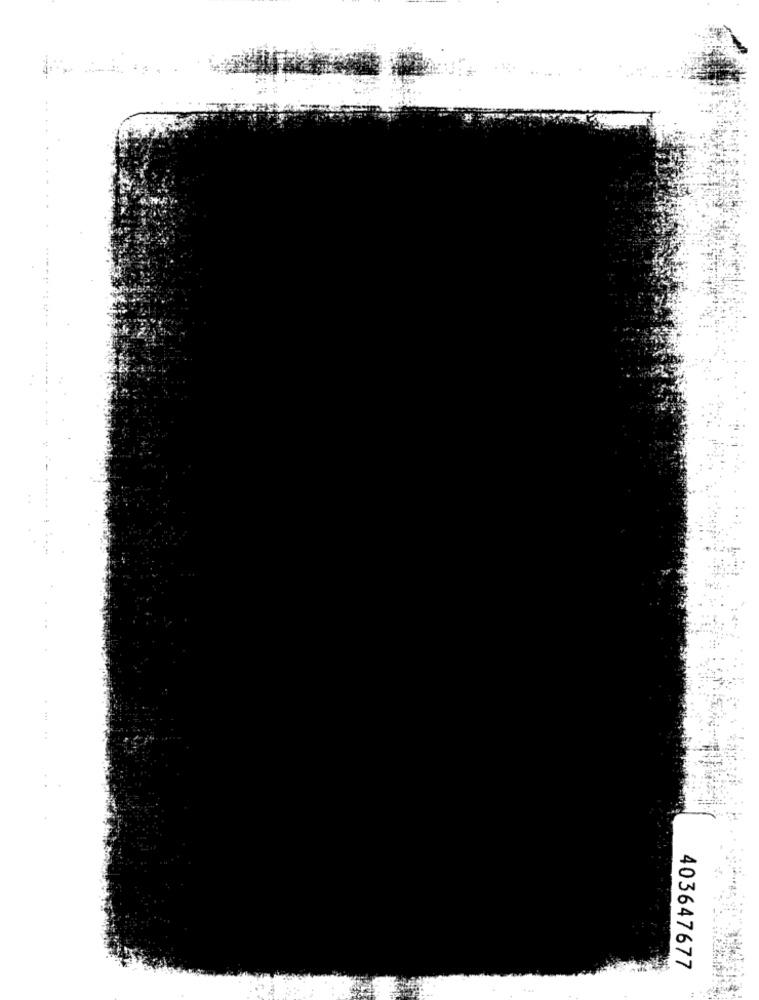
403647677